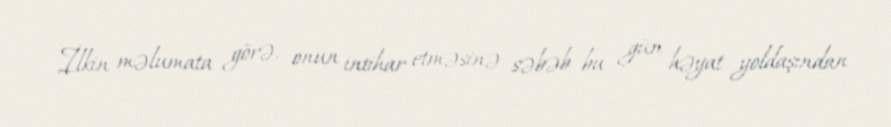
İlkin məlumata görə, onun intihar etməsinə səbəb bu gün həyat yoldaşından